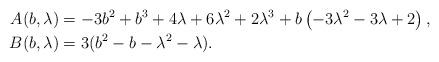
LaTeX: \begin{align*}A(b,\lambda)&=-3 b^2+b^3+4 \lambda+6 \lambda^2+2 \lambda^3+b\left(-3 \lambda^2-3 \lambda+2 \right),\\ B(b,\lambda)&=3 (b^2- b- \lambda^2- \lambda).\end{align*}